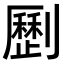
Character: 𠠝